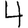
Digit: 4